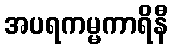
အပရကမ္မကာရိနီ